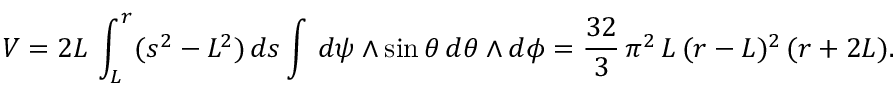
V = 2 L \, \int _ { L } ^ { r } ( s ^ { 2 } - L ^ { 2 } ) \, d s \int \, d \psi \wedge \sin \theta \, d \theta \wedge d \phi = \frac { 3 2 } { 3 } \, \pi ^ { 2 } \, L \, ( r - L ) ^ { 2 } \, ( r + 2 L ) .